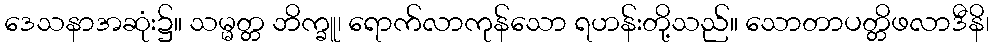
ဒေသနာအဆုံး၌။ သမ္မတ္တ ဘိက္ခူ၊ ရောက်လာကုန်သော ရဟန်းတို့သည်။ သောတာပတ္တိဖလာဒီနိ၊